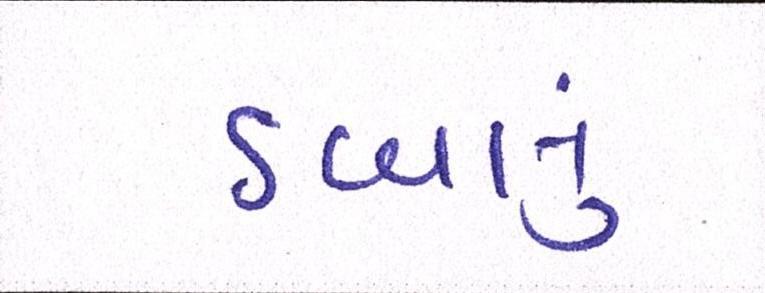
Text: ડબલું